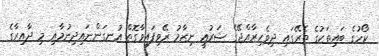
ކޯހުގެ ބައިތަކުގެ ތެރޭގައި ދިވެހިރާއްޖޭގެ ޝަރުޢީ ނިޒާމު ރޭވިފައިވާގޮތް އުނގަންނައިދިނުމާއި މި ދާއިރާގެ